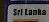
sri